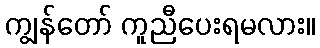
ကျွန်တော် ကူညီပေးရမလား။